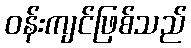
ဝန်းကျင်ဖြစ်သည်